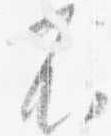
不